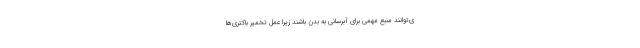
ی‌توانند منبع مهمی برای آبرسانی به بدن باشند زیرا عمل تخمیر باکتری‌ها